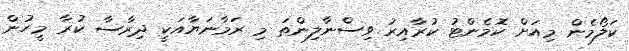
ކަލޯމެން މިއަށް ކޮމެންޓު ކުރާއިރު ވިސްނާލިންތަ މި ރަމާނަޔާއަކީ ދިރާސާ ކުރާ މީހުން